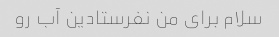
سلام برای من نفرستادین آب رو